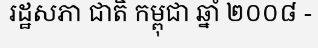
រដ្ឋសភា ជាតិ កម្ពុជា ឆ្នាំ ២០០៨ -